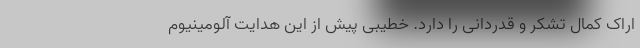
اراک کمال تشکر و قدردانی را دارد. خطیبی پیش از این هدایت آلومینیوم